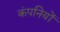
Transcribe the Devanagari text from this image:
कंपनियों